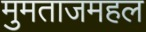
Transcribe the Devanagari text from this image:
मुमताजमहल